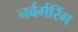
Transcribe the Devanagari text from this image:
नर्बर्गरिंग